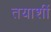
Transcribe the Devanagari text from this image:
तयाशीं